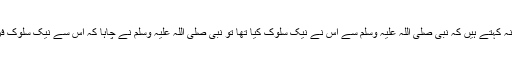
ابن عیینہ کہتے ہیں کہ نبی صلی اللہ علیہ وسلم سے اس نے نیک سلوک کیا تھا تو نبی صلی اللہ علیہ وسلم نے چاہا کہ اس سے نیک سلوک فرمائیں۔